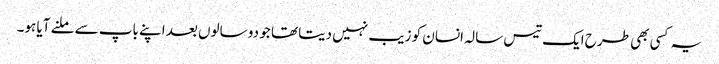
یہ کسی بھی طرح ایک تیس سالہ انسان کو زیب نہیں دیتا تھا جو دو سالوں بعد اپنے باپ سے ملنے آیا ہو۔